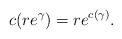
LaTeX: \begin{align*} c(re^{\gamma})=re^{c(\gamma)}. \end{align*}